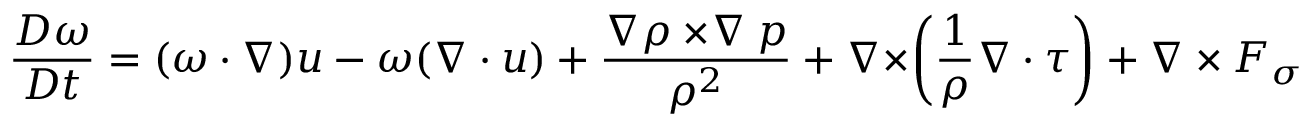
\frac { D \boldsymbol { \omega } } { D t } = ( \boldsymbol { \omega \cdot \nabla } ) \boldsymbol { u } - \boldsymbol { \omega } ( \boldsymbol { \nabla \cdot u } ) + \frac { \boldsymbol { \nabla } \rho \boldsymbol { \times \nabla } p } { \rho ^ { 2 } } + \boldsymbol { \nabla \times } \bigg ( \frac { 1 } { \rho } \boldsymbol { \nabla \cdot \tau } \bigg ) + \boldsymbol { \nabla \times F _ { \sigma } }